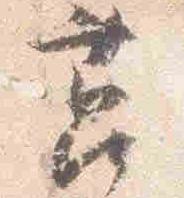
莒